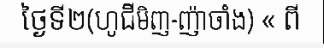
ថ្ងៃទី២(ហូជីមិញ-ញ៉ាចាំង) « ពី